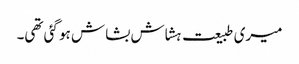
میری طبیعت ہشاش بشاش ہو گئی تھی۔